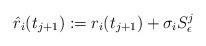
LaTeX: \begin{align*}\hat r_i(t_{j+1}):=r_i(t_{j+1})+\sigma_i S^j_{\epsilon}\end{align*}